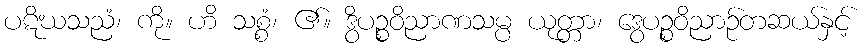
ပဋိဃသညံ၊ ကို။ ဟိ သစ္စံ၊ ၏။ ဒွိပဉ္စဝိညာဏသမ္ပ ယုတ္တာ၊ ဒွေပဉ္စဝိညာဉ်တဆယ်နှင့်